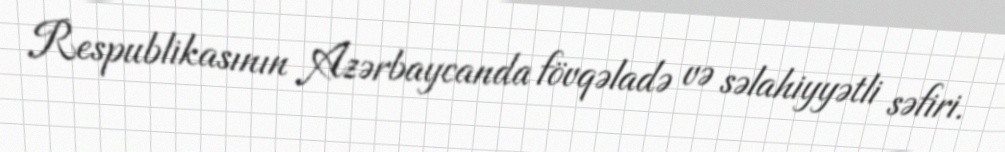
Respublikasının Azərbaycanda fövqəladə və səlahiyyətli səfiri.